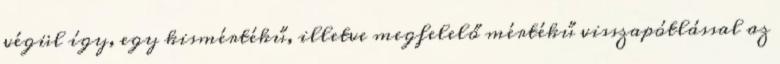
végül így, egy kismértékű, illetve megfelelő mértékű visszapótlással az